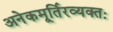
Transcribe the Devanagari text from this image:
अनेकमूर्तिरव्यक्तः